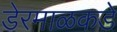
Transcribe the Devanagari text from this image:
डेरमाळकडे